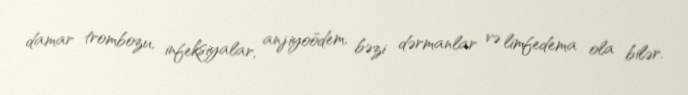
damar trombozu, infeksiyalar, anjiyoödem, bəzi dərmanlar və limfedema ola bilər.